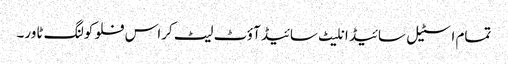
تمام اسٹیل سائیڈ انلیٹ سائیڈ آؤٹ لیٹ کراس فلو کولنگ ٹاور۔